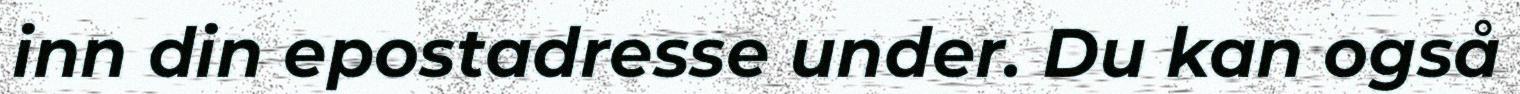
inn din epostadresse under. Du kan også